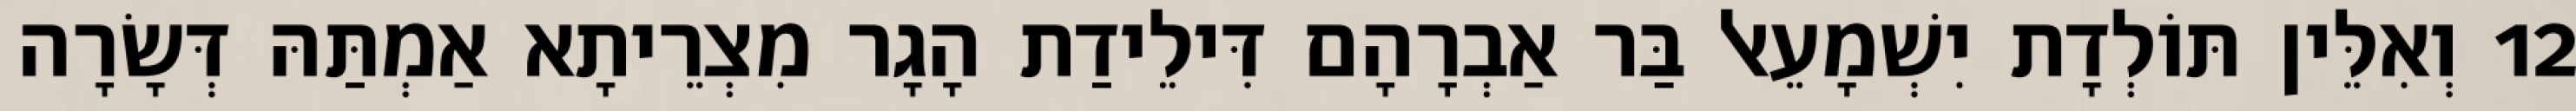
12 וְאִלֵּין תּוֹלְדָת יִשְׁמָעֵאל בַּר אַבְרָהָם דִּילֵידַת הָגָר מִצְרֵיתָא אַמְתַּהּ דְּשָׂרָה